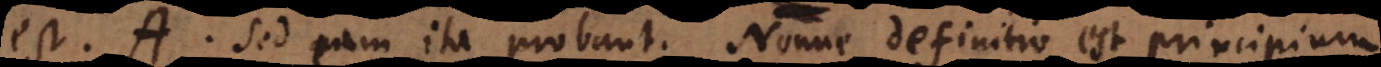
est. A Sed eam ita probant. Nonne definitio est principium